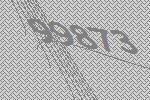
99873